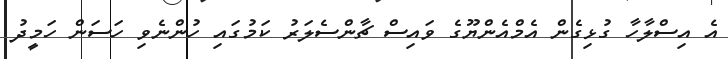
އެ އިސްލާހާ ގުޅިގެން އެމްއެންޔޫގެ ވައިސް ޗާންސެލަރު ކަމުގައި ހުންނެވި ހަަސަން ހަމީދު